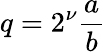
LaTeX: q=2^{\nu}{\frac{a}{b}}